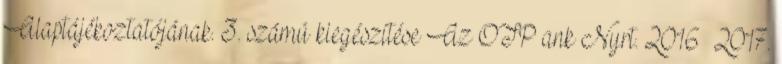
Alaptájékoztatójának. 3. számú kiegészítése Az OTP ank Nyrt. 2016 2017.